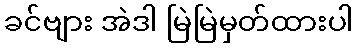
ခင်ဗျား အဲဒါ မြဲမြဲမှတ်ထားပါ